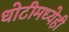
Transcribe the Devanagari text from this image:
धोटीमध्येही